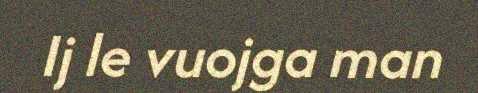
Ij le vuojga man